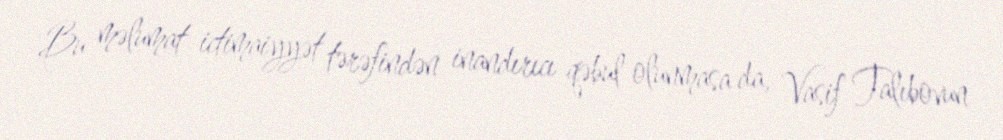
Bu məlumat ictimaiyyət tərəfindən inandırıcı qəbul olunmasa da, Vasif Talıbovun